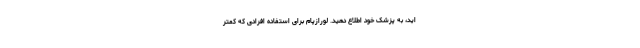
اید، به پزشک خود اطلاع دهید. لورازپام برای استفاده افرادی که کمتر